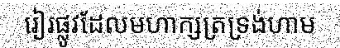
រៀរផ្លូវដែលមហាក្សត្រទ្រង់ហាម